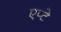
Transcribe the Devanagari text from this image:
एप्टे